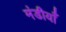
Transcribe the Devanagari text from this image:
मंडीयाँ